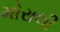
મોરાલી